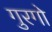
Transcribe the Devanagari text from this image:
गुरगो